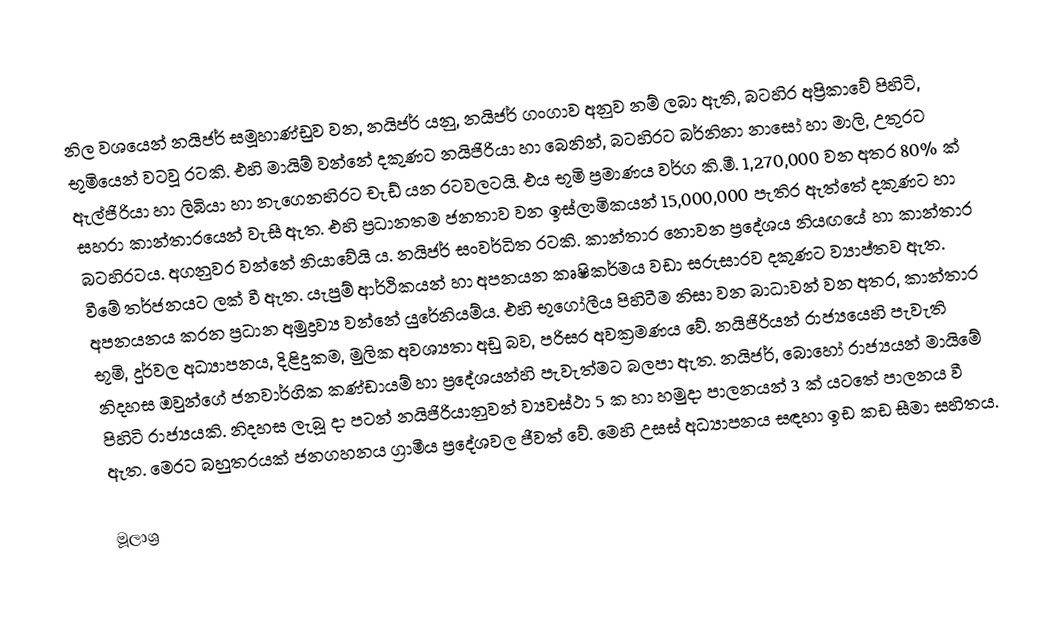
නිල වශයෙන් නයිජර් සමූහාණ්ඩුව වන, නයිජර්   යනු,  නයිජර් ගංගාව අනුව නම් ලබා ඇති, බටහිර අප්‍රිකාවේ පිහිටි, භූමියෙන් වටවූ රටකි. එහි මායිම් වන්නේ දකුණට නයිජිරියා හා බෙනින්, බටහිරට බර්නිනා නාසෝ හා මාලි, උතුරට ඇල්ජිරියා හා ලිබියා හා නැගෙනහිරට චැඩ් යන රටවලටයි. එය භූමි ප්‍රමාණය වර්ග කි.මී. 1,270,000 වන අතර 80% ක් සහරා කාන්තාරයෙන් වැසී ඇත. එහි ප්‍රධානතම ජනතාව වන ඉස්ලාමිකයන් 15,000,000 පැතිර ඇත්තේ දකුණට හා බටහිරටය. අගනුවර වන්නේ නියාවේයි ය. නයිජර් සංවර්ධිත රටකි. කාන්තාර නොවන ප්‍රදේශය නියඟයේ හා කාන්තාර වීමේ තර්ජනයට ලක් වී ඇත. යැපුම් ආර්ථිකයන් හා අපනයන කෘෂිකර්මය වඩා සරුසාරව දකුණට ව්‍යාප්තව ඇත. අපනයනය කරන ප්‍රධාන අමුද්‍රව්‍ය වන්නේ යුරේනියම්ය. එහි භූගෝලීය පිහිටීම නිසා වන බාධාවන් වන අතර, කාන්තාර භූමි, දුර්වල අධ්‍යාපනය, දිළිදුකම, මුලික අවශ්‍යතා අඩු බව, පරිසර අවක්‍රමණය වේ. නයිජිරියන් රාජ්‍යයෙහි පැවැති නිදහස ඔවුන්ගේ ජනවාර්ගික කණ්ඩායම් හා ප්‍රදේශයන්හි පැවැත්මට බලපා ඇත. නයිජර්, බොහෝ රාජ්‍යයන් මායිමේ පිහිටි රාජ්‍යයකි. නිදහස ලැබූ දා පටන් නයිජිරියානුවන් ව්‍යවස්ථා 5 ක හා හමුදා පාලනයන් 3 ක් යටතේ පාලනය වී ඇත. මෙරට බහුතරයක් ජනගහනය ග්‍රාමීය ප්‍රදේශවල ජීවත් වේ. මෙහි උසස් අධ්‍යාපනය සඳහා ඉඩ කඩ සීමා සහිතය.

මූලාශ්‍ර